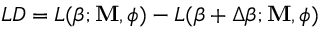
L D = L ( \boldsymbol { \beta } ; \mathbf { M } , \boldsymbol { \phi } ) - L ( \boldsymbol { \beta } + \Delta \boldsymbol { \beta } ; \mathbf { M } , \boldsymbol { \phi } )